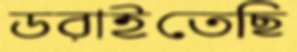
ডরাইতেছি